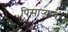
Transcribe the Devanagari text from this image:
पिसाऱ्यावर